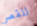
للقصر